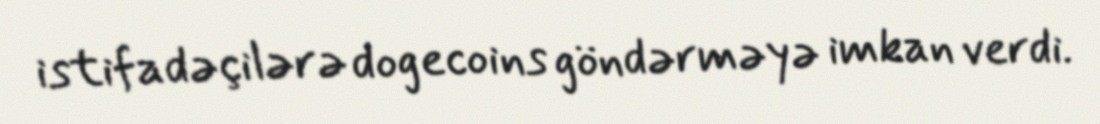
istifadəçilərə dogecoins göndərməyə imkan verdi.